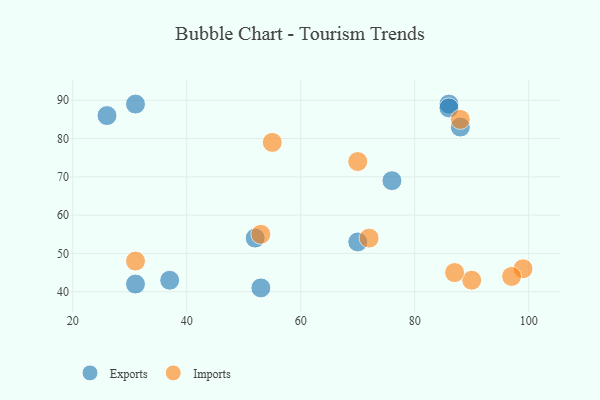
{"axis": {"x": "GDP", "y": "Life Expectancy"}, "legend": ["Exports", "Imports"], "data": [{"x": "70", "y": 53, "type": "Exports"}, {"x": "37", "y": 43, "type": "Exports"}, {"x": "53", "y": 41, "type": "Exports"}, {"x": "31", "y": 89, "type": "Exports"}, {"x": "86", "y": 89, "type": "Exports"}, {"x": "26", "y": 86, "type": "Exports"}, {"x": "86", "y": 88, "type": "Exports"}, {"x": "76", "y": 69, "type": "Exports"}, {"x": "88", "y": 83, "type": "Exports"}, {"x": "52", "y": 54, "type": "Exports"}, {"x": "31", "y": 42, "type": "Exports"}, {"x": "55", "y": 79, "type": "Imports"}, {"x": "70", "y": 74, "type": "Imports"}, {"x": "99", "y": 46, "type": "Imports"}, {"x": "97", "y": 44, "type": "Imports"}, {"x": "90", "y": 43, "type": "Imports"}, {"x": "88", "y": 85, "type": "Imports"}, {"x": "72", "y": 54, "type": "Imports"}, {"x": "53", "y": 55, "type": "Imports"}, {"x": "87", "y": 45, "type": "Imports"}, {"x": "31", "y": 48, "type": "Imports"}]}